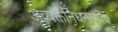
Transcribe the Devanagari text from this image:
अव्यक्तनिधनान्येव